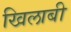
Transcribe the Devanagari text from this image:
खिलाबी